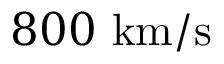
8 0 0 ~ \mathrm { k m / s }